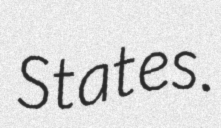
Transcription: States.